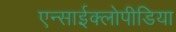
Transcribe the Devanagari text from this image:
एन्साईक्लोपीडिया